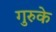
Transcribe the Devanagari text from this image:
गुरुके